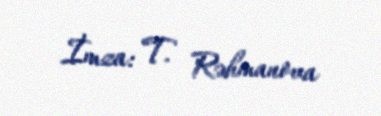
İmza: T. Rəhmanova